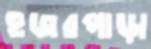
হুজরপাড়া